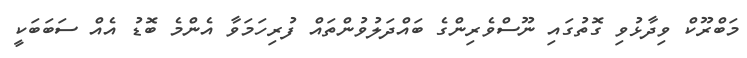
މަބްރޫކް ވިދާޅުވި ގޮތުގައި ނޫސްވެރިންގެ ބައްދަލުވުންތައް ފުރިހަމަވާ އެންމެ ބޮޑު އެއް ސަބަބަކީ